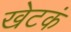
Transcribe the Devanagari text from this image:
खेटकं